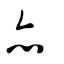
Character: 亦